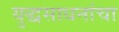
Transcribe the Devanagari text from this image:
युद्धसाधनांचा